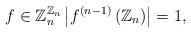
LaTeX: \begin{align*}f\in\mathbb{Z}_{n}^{\mathbb{Z}_{n}}\left|f^{(n-1)}\left(\mathbb{Z}_{n}\right)\right|=1,\end{align*}